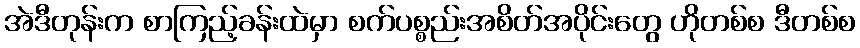
အဲဒီတုန်းက စာကြည့်ခန်းထဲမှာ စက်ပစ္စည်းအစိတ်အပိုင်းတွေ ဟိုတစ်စ ဒီတစ်စ